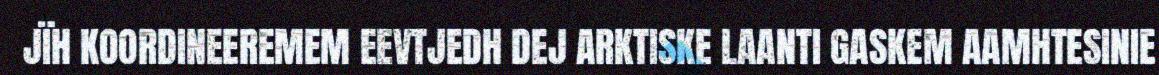
JÏH KOORDINEEREMEM EEVTJEDH DEJ ARKTISKE LAANTI GASKEM AAMHTESINIE